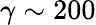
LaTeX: \gamma\sim 200